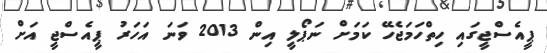
ޕީއެސްޖީގައި ހިތްހަމަޖެހޭ ކަމަށް ނަޕޯލީ އިން 2013 ވަނަ އަހަރު ޕީއެސްޖީ އަށް